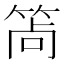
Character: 𥭩